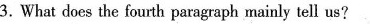
3.What does the fourth paragraph mainly tell us?